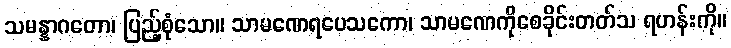
သမန္နာဂတော၊ ပြည့်စုံသော။ သာမဏေရပေသကော၊ သာမဏေကိုစေခိုင်းတတ်သ ရဟန်းကို။